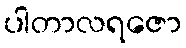
ပါတာလရဇော